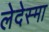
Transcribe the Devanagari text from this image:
लेदेस्मा